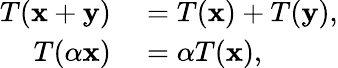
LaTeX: \begin{array}{rl}{T(\mathbf{x}+\mathbf{y})}&{{}=T(\mathbf{x})+T(\mathbf{y}),}\\ {T(\alpha\mathbf{x})}&{{}=\alpha T(\mathbf{x}),}\end{array}